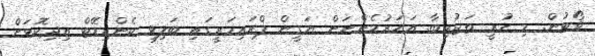
ވޯޓުން. މި ހުރީ ތަޖުރިބާ. އަހަރުމެންނަން ޔަގީން ޕްރައިމަރީގައި ބަލިވި ކެންޑިޑޭޓް އިދިކޮޅަށް